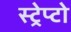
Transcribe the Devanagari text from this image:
स्ट्रेप्टो